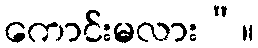
ကောင်းမလား”။